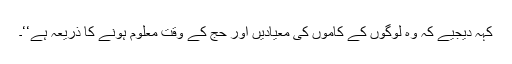
کہہ دیجیے کہ وہ لوگوں کے کاموں کی معیادیں اور حج کے وقت معلوم ہونے کا ذریعہ ہے‘‘۔